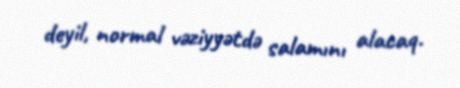
deyil, normal vəziyyətdə salamını alacaq.